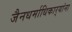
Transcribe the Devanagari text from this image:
जैनधर्माधिकार्‍यांना